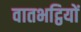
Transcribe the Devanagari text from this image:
वातभट्ठियों